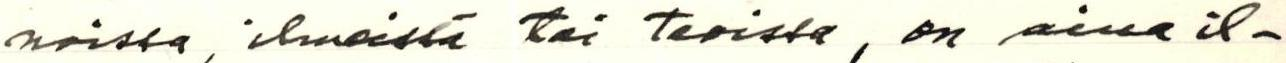
noissa, ilmeissä tai teoissa, on aina il-